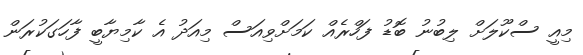
މިއީ ސްކޫލަށް ލިބުނު ބޮޑު ފަހްރެއް ކަމަށްވިއަސް މިއަދު އެ ކާމިޔާބީ ފާހަގަކުރަން